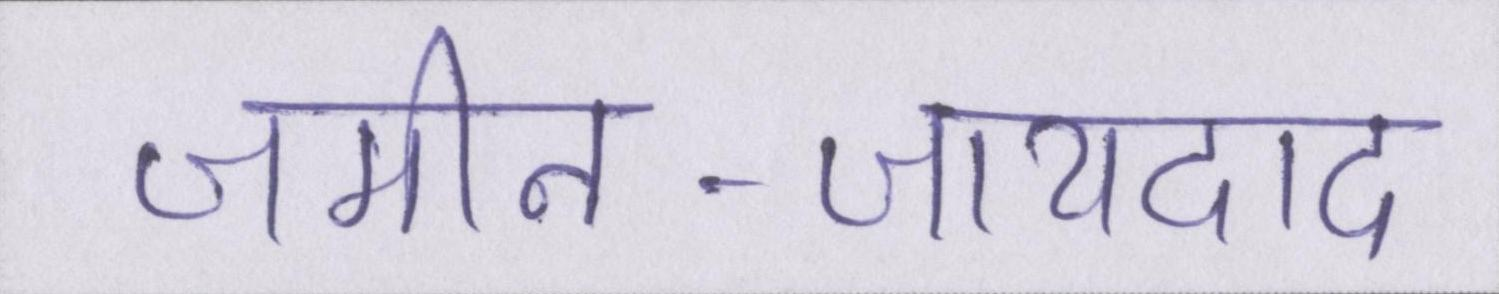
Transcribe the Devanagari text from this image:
जमीन-जायदाद